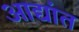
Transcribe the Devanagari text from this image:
आद्यांत